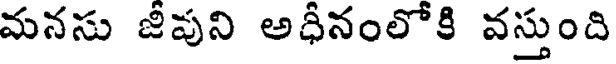
మనసు జీవుని అధీనంలోకి వస్తుంది